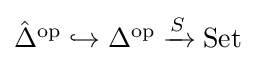
{\textstyle {\hat {\Delta }}^{\text{op}}\hookrightarrow \Delta ^{\text{op}}\xrightarrow {S} {\text{Set}}}